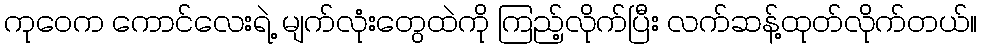
ကုဝေက ကောင်လေးရဲ့ မျက်လုံးတွေထဲကို ကြည့်လိုက်ပြီး လက်ဆန့်ထုတ်လိုက်တယ်။